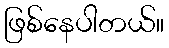
ဖြစ်နေပါတယ်။